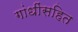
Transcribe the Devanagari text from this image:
गांधींसहित